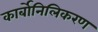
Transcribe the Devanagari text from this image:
कार्बोनिलिकरण